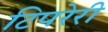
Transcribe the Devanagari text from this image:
टिपरेरी